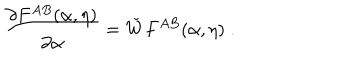
\frac { \partial F ^ { A B } ( \alpha , \eta ) } { \partial \alpha } = \check { W } F ^ { A B } ( \alpha , \eta ) \; .